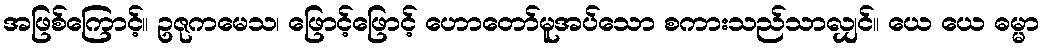
အဖြစ်ကြောင့်။ ဥဇုကမေသ၊ ဖြောင့်ဖြောင့် ဟောတော်မူအပ်သော စကားသည်သာလျှင်။ ယေ ယေ ဓမ္မာ